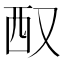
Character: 𪠧